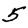
Digit: 5